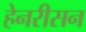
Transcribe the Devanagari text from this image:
हेनरीसन